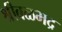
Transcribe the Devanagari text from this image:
श्रीबळभद्र